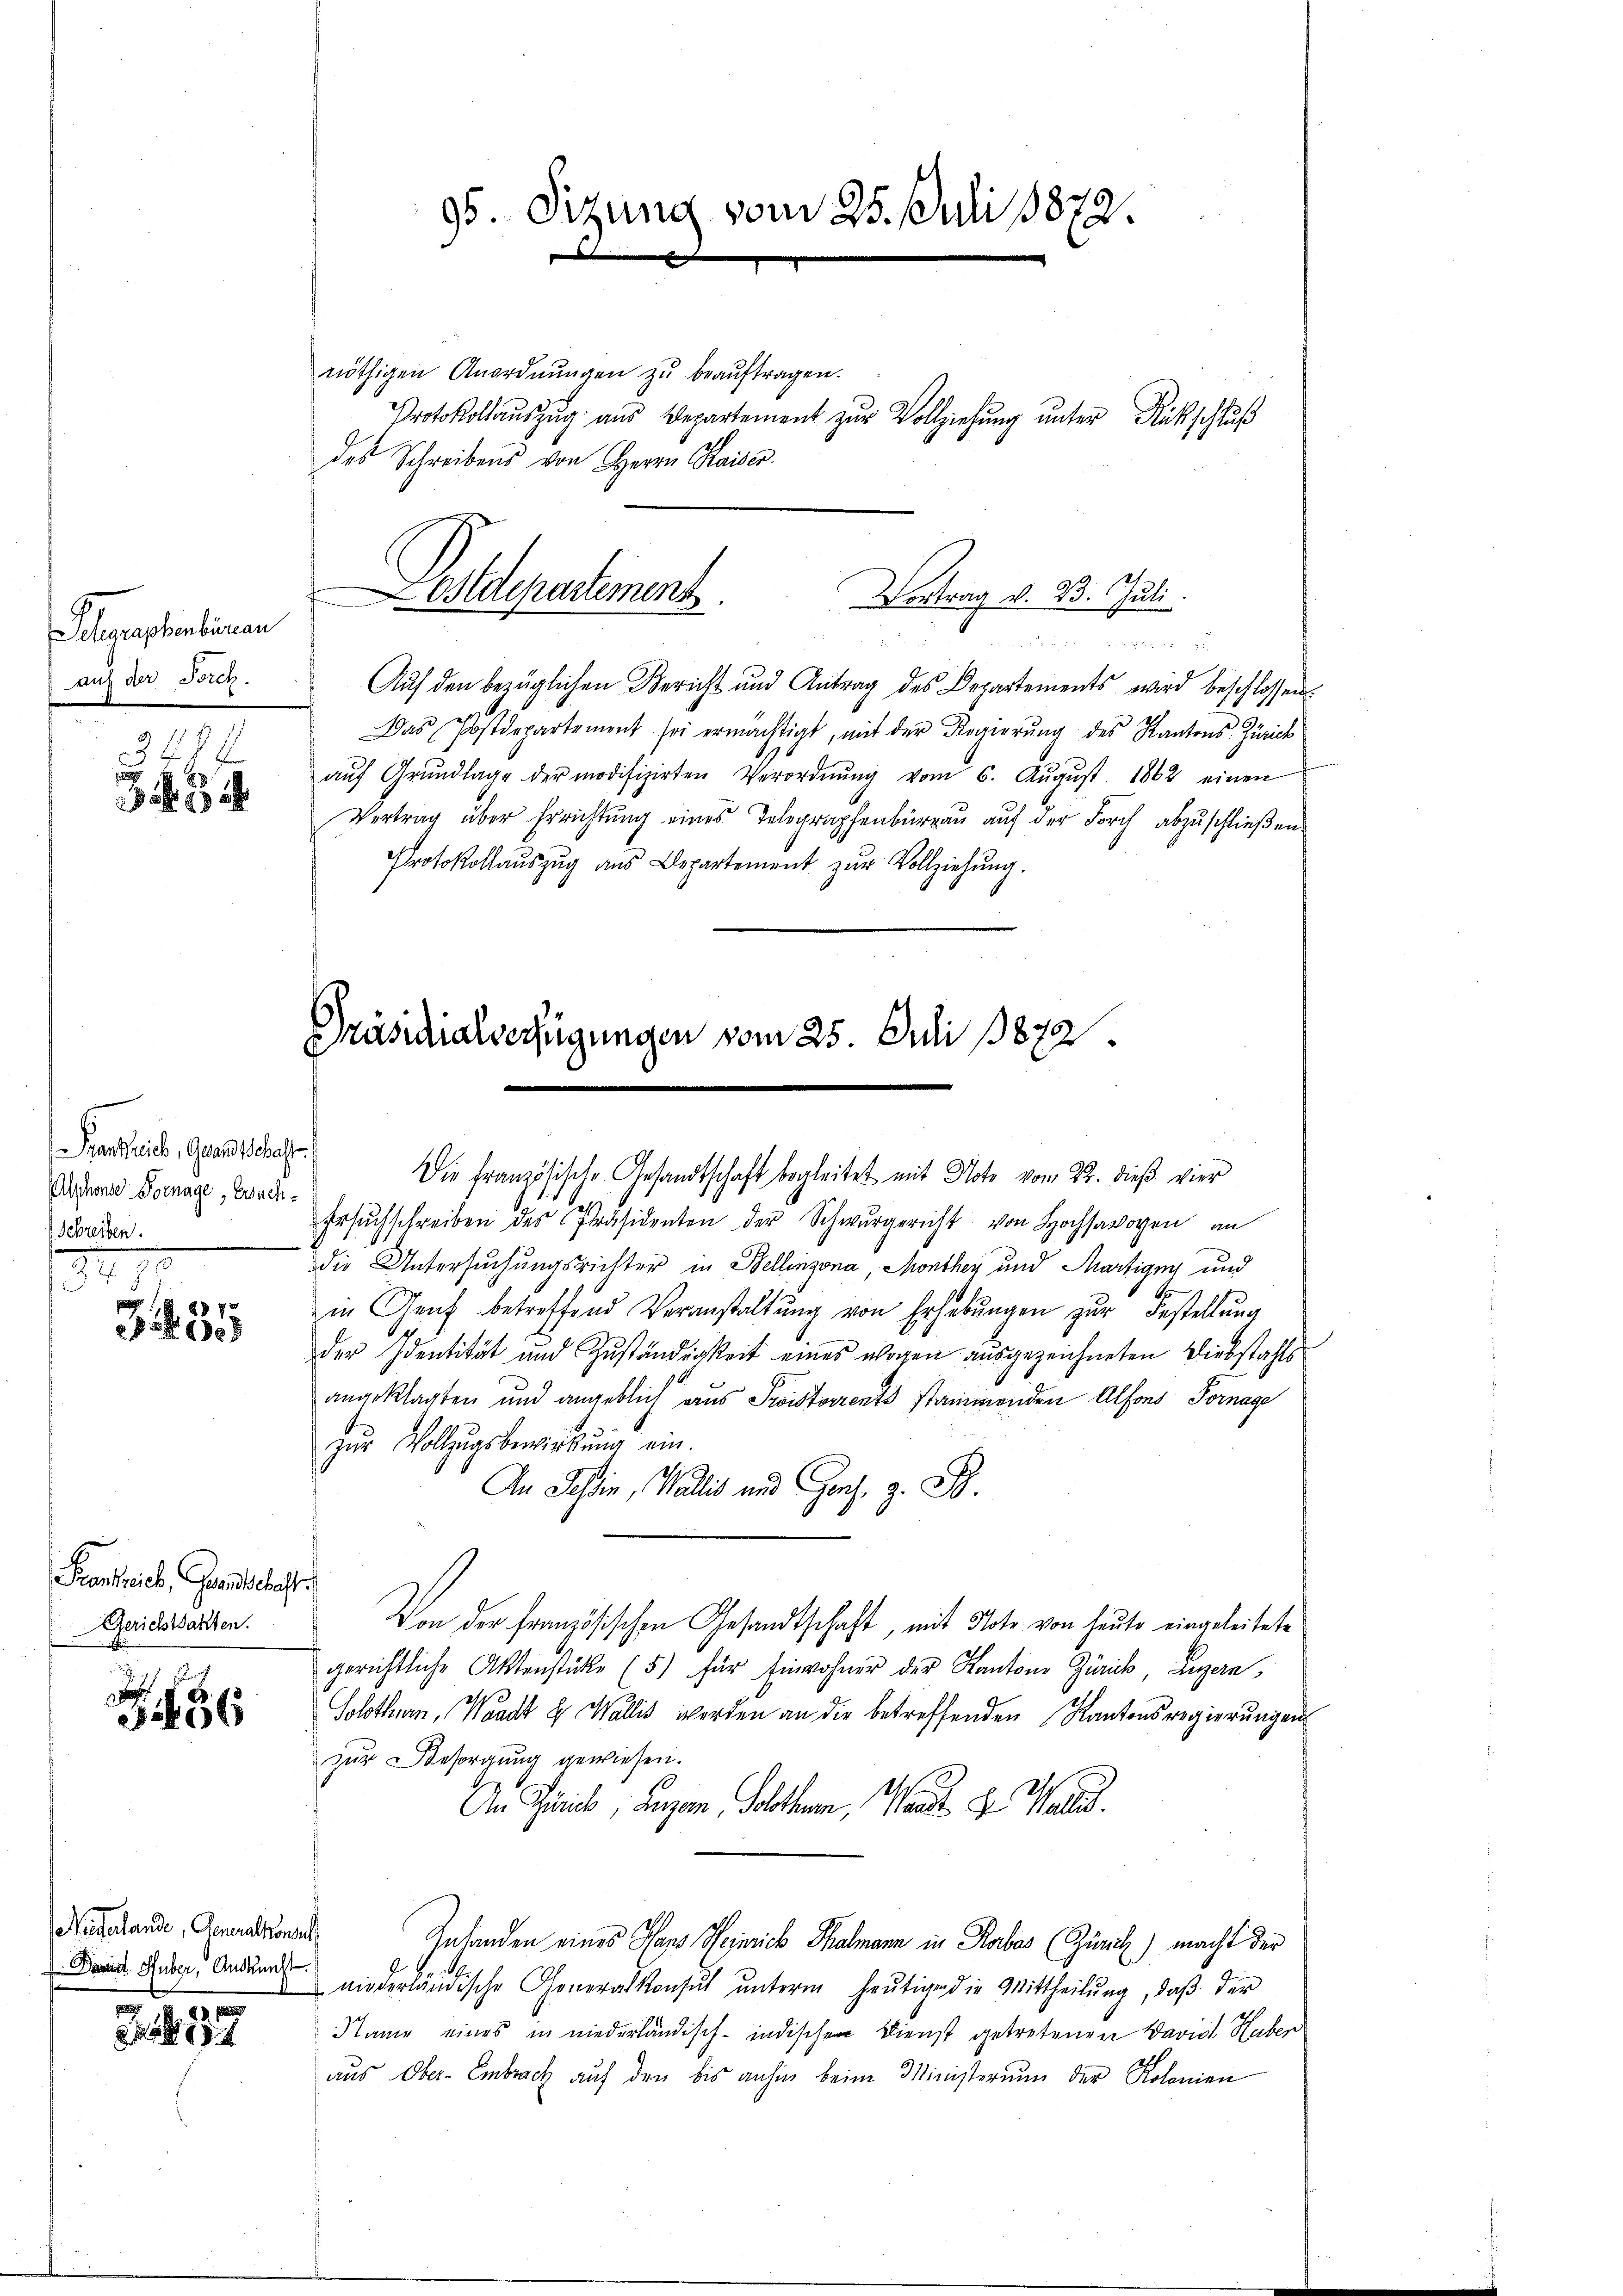
Selegraphenbinan
auf der Borch.
34

ankreich, Grandschaft.
Alphonse Vornage, Ersuch¬
Schreiben.

2 7
30

Frankreich, Grandschaft.
Gerichtsakten.

.
456

Wiederlande, Generalkonsul
 David Huber, Auskunft.

1457

nöthigen Anordnŭngen zŭ beaŭftragen.
des Schreibens von Herrn Kaiser.

Auf den bezüglichen Bericht und Antrag des Departements wird beschlossen.
Das Postdepartement sei ermächtigt, mit der Regierŭng des Kantons-Zürich
aŭf Grŭndlage der modifizirten Verordnŭng vom 6. Aŭgŭst 1862 einen
4
Vertrag über Errichtung eines Telegraphenburgau auf der Forch abzuschließen.
Protokollaŭszŭg ans Departement zŭr Vollziehŭng.

95. Sitzung vom 25. Juli 1872.

Ersŭchschreiben des Präsidenten der Schwurgericht von Hochsavoyen an
die Untersuchungsrichter in Bellinzona, Monthey und Martigny und
in Genf betreffend Veranstaltŭng von Erhebŭngen zŭr Bestellŭng
der Identität und Zuständigkeit eines wegen ausgezeichneten Diebstahls
angeklagten und angeblich aus Preisterrents stammenden Alfons Fornage
zŭr Vollzugsbewirkung ein.
An Tessin, Wallis und Ges. z. B.
Von der französischen Gesandtschaft, mit Note von heute eingeleitete
gerichtliche Aktenstücke (5) für Einwohner der Kantons Zürich, Luzern,
Solothurn, Waadt u Wallis werden an die betreffenden Kantonsregierungen
zur Besorgung gewiesen.
M.
An Zürich, Luzern, Solothurn, Stande Hr. Wallis.
Zuhanden eines Hans Heinrich Thalmann in Rorbas (Zürich) macht der
wiederländische Generalkonsul ŭnterm heŭtige die Mittheilŭng, daβ der
Name eines in niederländisch-indischen Dienst getretenen David Huber
aus Ober-Embrach auf den bis anhin beim Ministerium der Kolonien

Protokollauszug aus Departement zur Vollziehung unter Rückschluß

Pestdepartement
Vortrag v. 23. Juli

Präsidialverfügungen vom 25. Juli 1872
Die Französische Gesandtschaft begleitet mit Note vom 22. dieß vier